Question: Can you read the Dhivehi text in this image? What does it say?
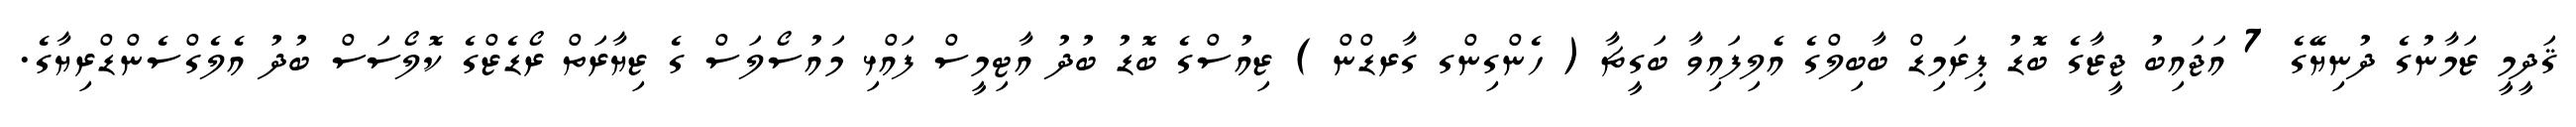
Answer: ޤަދީމީ ޒަމާނުގެ ދުނިޔޭގެ 7 އަޖައިބު ޖީޒާގެ ބޮޑު ޕިރަމިޑް ބާބިލްގެ އެލިފައިވާ ބަގީޗާ ( ހެންގިންގ ގާރޑްން ) ޒިއުސްގެ ބޮޑު ބުދު އާޓިމީސް ފައްޅި މައުސޯލަސް ގެ ޒިޔާރަތް ރޯޑެޒްގެ ކޮލޯސަސް ބުދު އެލެގްސެންޑްރިޔާގެ.